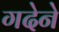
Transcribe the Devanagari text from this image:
गदेने